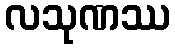
လသုဏဿ